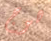
هوج